Vaccination in Burma 1920-1933 - 1920-1933
Year: 1920
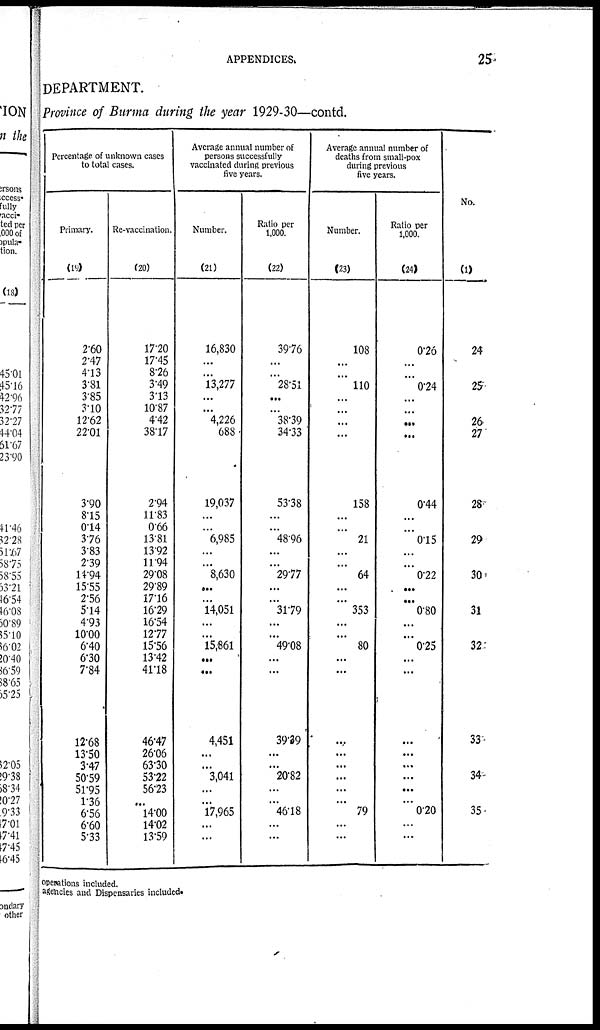
APPENDICES.
25
DEPARTMENT.
Province of Burma during the year 1929-30—contd.
Percentage of unknown cases
to total cases.
Primary.
(19)
260
2.47
4.13
3.81
3.85
3.10
12.62
22.01
3.90
8.15
0.14
3.76
3.83
2.39
14.94
15.55
2.56
5.14
4.93
10.00
6.40
6.30
7.84
12.68
13.50
3.47
50.59
51.95
1.36
6.56
6.60
5.33
Re-vaccination.
(20)
17.20
17.45
8.26
3.49
3.13
10.87
4.42
38.17
2.94
11.83
0.66
13.81
13.92
11.94
29.08
29.89
17.16
16.29
16.54
12.77
15.56
13.42
41.18
46.47
26.06
63.30
53.22
56.23
...
14.00
14.02
13.59
Average annual number of
persons successfully
vaccinated during previous
five years.
Number.
(21)
16,830
...
...
13,277
...
...
4,226
688
19,037
...
...
6,985
...
...
8,630
...
...
14,051
...
...
15,861
...
...
4,451
...
...
3,041
...
...
17,965
...
...
Ratio per
1,000.
(22)
39.76
...
...
28.51
...
...
38.39
34.33
53.38
...
...
48.96
...
...
29.77
...
...
31.79
...
...
49.08
...
...
39.39
...
...
20.82
...
...
46.18
...
...
Average annual number of
deaths from small-pox
during previous
five years.
Number.
(23)
108
...
...
110
...
...
...
...
158
...
...
21
...
...
64
...
...
353
...
...
80
...
...
...
...
...
...
...
... 79
...
...
Ratio per
1,000.
(24)
0.26
...
...
0.24
...
...
...
...
0.44
...
...
0.15
...
...
0.22
...
...
0.80
...
...
0.25
...
...
...
...
...
...
...
... 0.20
...
...
No.
(1)
24
25
26
27
28
29
30
31
32
33
34
35
operations included.
agencies and Dispensaries included.